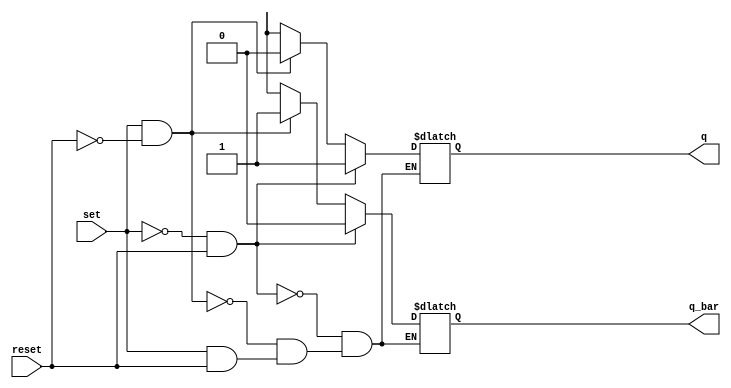
module sr_flip_flop(input set, input reset, output reg q, output reg q_bar);

always @(set or reset) begin
    if (set == 0 && reset == 1) begin
        q <= 1;
        q_bar <= 0;
    end else if (set == 1 && reset == 0) begin
        q <= 0;
        q_bar <= 1;
    end else if (set == 1 && reset == 1) begin
        // retain previous state
    end else begin
        q <= x; // undefined state
        q_bar <= x;
    end
end

endmodule